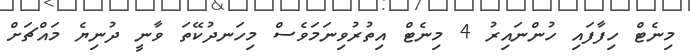
މިނެޓް ހިފާފައި ހުންނައިރު 4 މިނެޓް އިތުރުވިނަމަވެސް މިހަނދުކޭތަ ވާނީ ދުނިޔެ މައްޗަށް